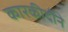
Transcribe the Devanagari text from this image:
कारकीर्दीने